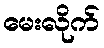
မေးလိုက်